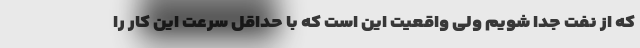
که از نفت جدا شویم ولی واقعیت این است که با حداقل سرعت این کار را